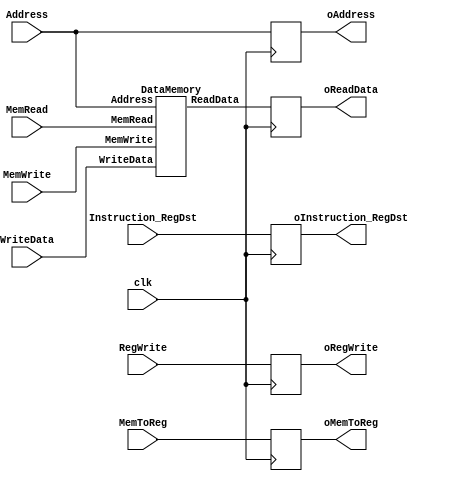

module DMEMORY(
	input clk,
	input MemRead, MemWrite, RegWrite, MemToReg,
	input [31:0] Address, WriteData,
	input [4:0] Instruction_RegDst,
	output reg oRegWrite, oMemToReg,
	output reg [31:0] oAddress, oReadData,
	output reg [4:0] oInstruction_RegDst
);
	
	wire [31:0] wReadData;
	
	DataMemory DMemory(.MemRead(MemRead), .MemWrite(MemWrite), .Address(Address), .WriteData(WriteData), .ReadData(wReadData));
	
	// pipeline regisger
	always @(posedge clk)
	begin
		oRegWrite <= RegWrite;
		oMemToReg <= MemToReg;
		
		oAddress <= Address;
		oInstruction_RegDst <= Instruction_RegDst;
		oReadData <= wReadData;
	end

endmodule


module DataMemory(
	input MemRead, MemWrite,
	input [31:0] Address, WriteData,
	output [31:0] ReadData
);

	reg [31:0] DataMemory[0:255];

	initial
	begin
		// $readmemh("Top_DataMemory.dat", DataMemory); //    
		DataMemory[0] <= 32'h00000004;
        DataMemory[1] <= 32'h00000040;
        DataMemory[2] <= 32'h00000400;
        DataMemory[3] <= 32'h00000444;
        DataMemory[4] <= 32'h00000080;
        DataMemory[5] <= 32'h00000008;
        DataMemory[6] <= 32'h00000000;
        DataMemory[7] <= 32'h00000001;
        DataMemory[8] <= 32'h00000000;
        DataMemory[8] <= 32'h00000000;
        DataMemory[9] <= 32'h00000000;
        DataMemory[10] <= 32'h00000000;
        DataMemory[11] <= 32'h00000000;
        DataMemory[12] <= 32'h00000000;
        DataMemory[13] <= 32'h00000000;
        DataMemory[14] <= 32'h00000000;
        DataMemory[15] <= 32'h00000000;
	end

	assign ReadData = (MemRead) ? DataMemory[Address[7:0]] : 32'hxxxxxxxx;

	always @(*)
	begin
		if(MemWrite) 
			DataMemory[Address] <= WriteData;
	end


endmodule